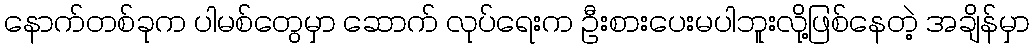
နောက်တစ်ခုက ပါမစ်တွေမှာ ဆောက် လုပ်ရေးက ဦးစားပေးမပါဘူးလို့ဖြစ်နေတဲ့ အချိန်မှာ